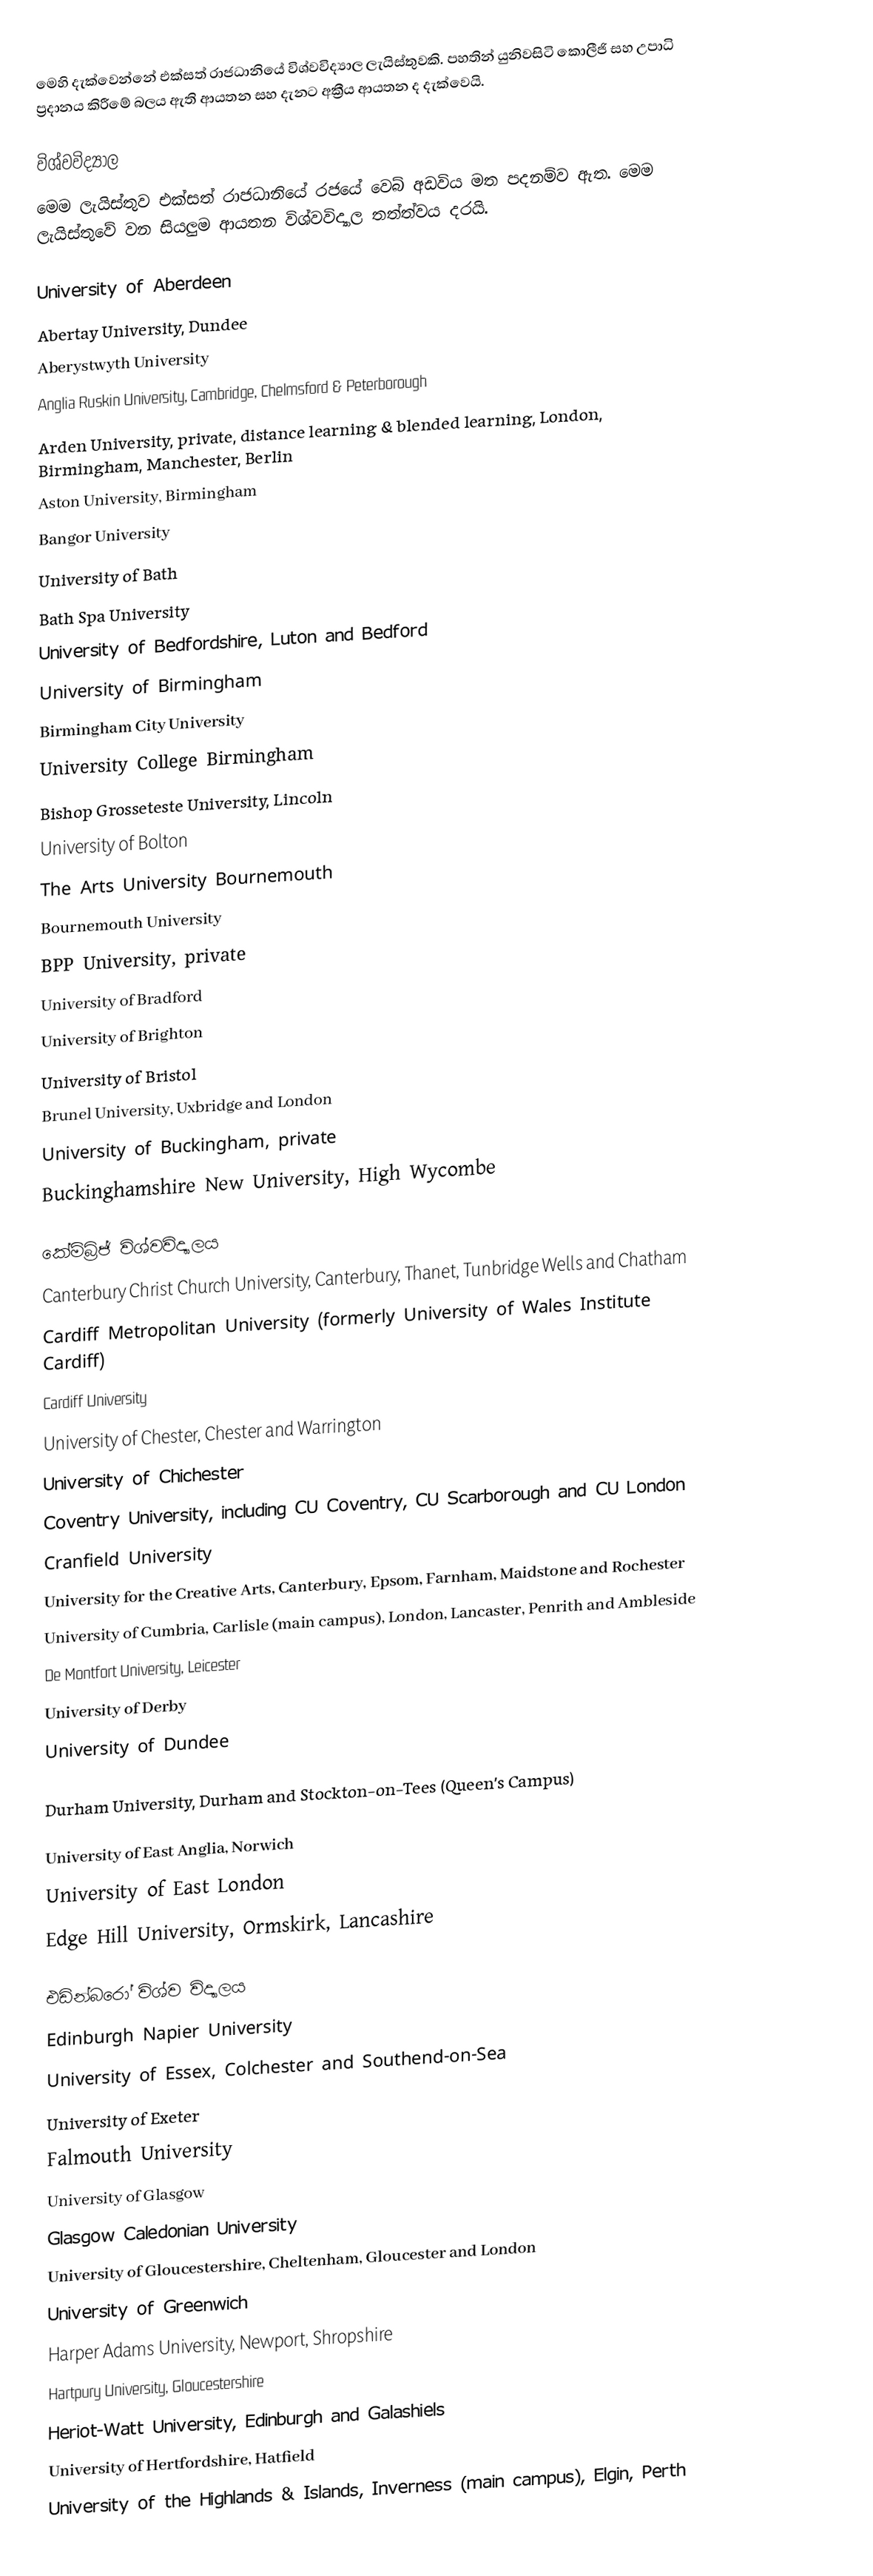
මෙහි දැක්වෙන්නේ එක්සත් රාජධානියේ විශ්වවිද්‍යාල ලැයිස්තුවකි. පහතින් යුනිවසිටි කොලීජි සහ උපාධි ප්‍රදානය කිරීමේ බලය ඇති ආයතන සහ දැනට අක්‍රීය ආයතන ද දැක්වෙයි.

විශ්වවිද්‍යාල
මෙම ලැයිස්තුව එක්සත් රාජධානියේ රජයේ වෙබ් අඩවිය මත පදනම්ව ඇත. මෙම ලැයිස්තුවේ වන සියලුම ආයතන විශ්වවිද්‍යාල තත්ත්වය දරයි.

University of Aberdeen
Abertay University, Dundee
Aberystwyth University
Anglia Ruskin University, Cambridge, Chelmsford & Peterborough
Arden University, private, distance learning & blended learning, London, Birmingham, Manchester, Berlin
Aston University, Birmingham
Bangor University
University of Bath
Bath Spa University
University of Bedfordshire, Luton and Bedford
University of Birmingham
Birmingham City University
University College Birmingham
Bishop Grosseteste University, Lincoln
University of Bolton
The Arts University Bournemouth
Bournemouth University
BPP University, private
University of Bradford
University of Brighton
University of Bristol
Brunel University, Uxbridge and London
University of Buckingham, private
Buckinghamshire New University, High Wycombe

කේම්බ්‍රිජ් විශ්වවිද්‍යාලය
Canterbury Christ Church University, Canterbury, Thanet, Tunbridge Wells and Chatham
Cardiff Metropolitan University (formerly University of Wales Institute Cardiff)
Cardiff University
University of Chester, Chester and Warrington
University of Chichester
Coventry University, including CU Coventry, CU Scarborough and CU London
Cranfield University
University for the Creative Arts, Canterbury, Epsom, Farnham, Maidstone and Rochester
University of Cumbria, Carlisle (main campus), London, Lancaster, Penrith and Ambleside
De Montfort University, Leicester
University of Derby
University of Dundee

Durham University, Durham and Stockton-on-Tees (Queen's Campus)

University of East Anglia, Norwich
University of East London
Edge Hill University, Ormskirk, Lancashire

එඩින්බරෝ විශ්ව විද්‍යාලය
Edinburgh Napier University
University of Essex, Colchester and Southend-on-Sea
University of Exeter
Falmouth University
University of Glasgow
Glasgow Caledonian University
University of Gloucestershire, Cheltenham, Gloucester and London
University of Greenwich
Harper Adams University, Newport, Shropshire
Hartpury University, Gloucestershire
Heriot-Watt University, Edinburgh and Galashiels
University of Hertfordshire, Hatfield
University of the Highlands & Islands, Inverness (main campus), Elgin, Perth